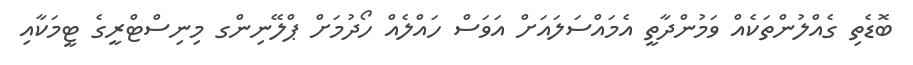
ބޮޑެތި ގެއްލުންތަކެއް ވަމުންދާތީ އެމައްސަލައަށް އަވަސް ހައްލެއް ހޯދުމަށް ޕްލޭނިންގ މިނިސްޓްރީގެ ޓީމަކާއި